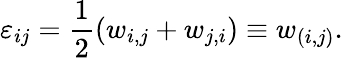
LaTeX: \varepsilon_{ij}=\frac{1}{2}(w_{i,j}+w_{j,i})\equiv w_{(i,j)}.